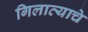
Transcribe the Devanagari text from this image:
गिलाव्याचे